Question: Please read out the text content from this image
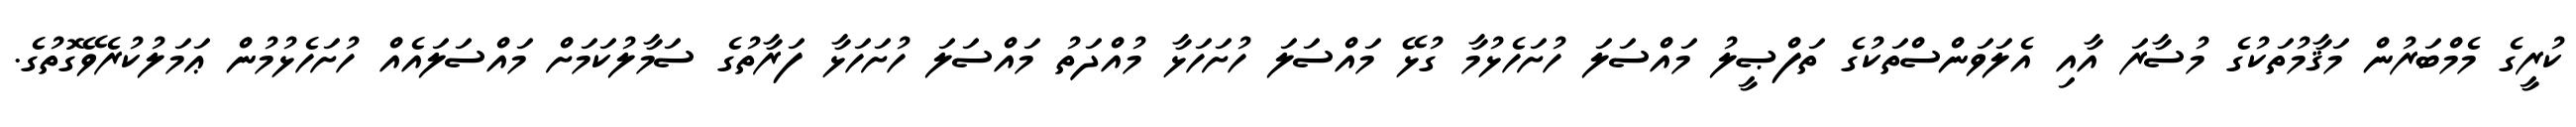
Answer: ކުރީގެ މެމްބަރުން މަޤާމުތަކުގެ މުސާރަ އާއި އެލަވަންސްތަކުގެ ތަފްޞީލު މައްސަލަ ހުށަހެޅުމާ ގުޅޭ މައްސަލަ ހުށަހަޅާ މުއްދަތު މައްސަލަ ހުށަހަޅާ ފަރާތުގެ ސަމާލުކަމަށް މައްސަލައެއް ހުށަހެޅުމުން ޢަމަލުކުރެވޭގޮތުގެ.